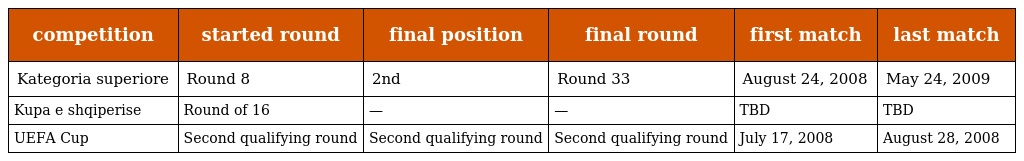
| competition | started round | final position | final round | first match | last match |
 | --- | --- | --- | --- | --- | --- |
 | Kategoria superiore | Round 8 | 2nd | Round 33 | August 24, 2008 | May 24, 2009 |
 | Kupa e shqiperise | Round of 16 | — | — | TBD | TBD |
 | UEFA Cup | Second qualifying round | Second qualifying round | Second qualifying round | July 17, 2008 | August 28, 2008 |